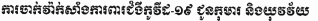
ការចាក់វ៉ាក់សាំងការពារជំងឺកូវីដ-១៩ ជូនកុមារ និងយុវវ័យ